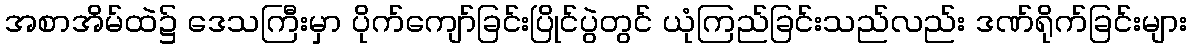
အစာအိမ်ထဲ၌ ဒေသကြီးမှာ ပိုက်ကျော်ခြင်းပြိုင်ပွဲတွင် ယုံကြည်ခြင်းသည်လည်း ဒဏ်ရိုက်ခြင်းများ